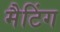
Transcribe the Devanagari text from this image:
मैटिंग